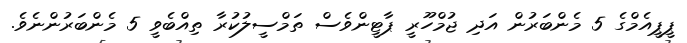
ޕީޕީއެމްގެ 5 މެންބަރުން އަދި ޖުމްހޫރީ ޕާޓީންވެސް ތަމްސީލުކުރާ ތިއްބެވީ 5 މެންބަރުންނެވެ.